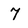
Character: 7